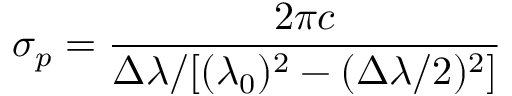
\sigma _ { p } = \frac { { 2 \pi c } } { { \Delta \lambda / [ ( \lambda _ { 0 } ) ^ { 2 } - ( \Delta \lambda / 2 ) ^ { 2 } ] } }